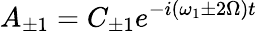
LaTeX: A_{\pm 1}=C_{\pm 1}e^{-i(\omega_{1}\pm 2\Omega)t}